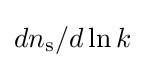
dn_{\text{s}}/d\ln k